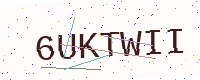
Text: 6UKTWII